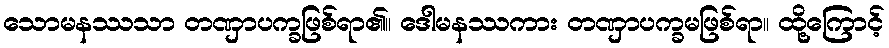
သောမနဿသာ တဏှာပက္ခဖြစ်ရာ၏။ ဒေါမနဿကား တဏှာပက္ခမဖြစ်ရာ။ ထို့ကြောင့်